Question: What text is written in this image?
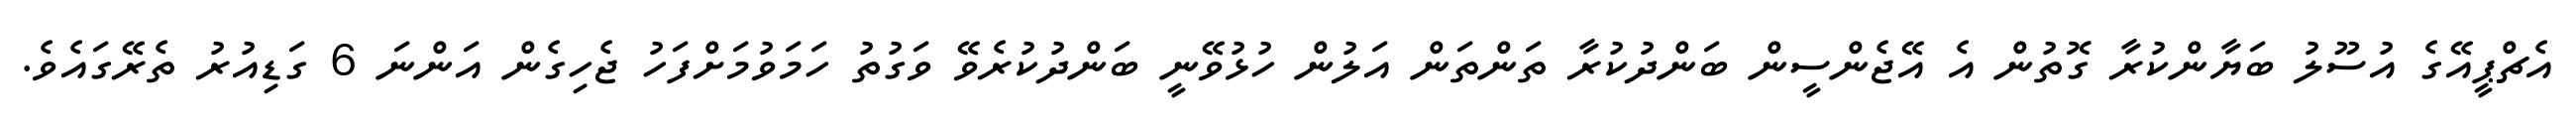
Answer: އެޗްޕީއޭގެ އުސޫލު ބަޔާންކުރާ ގޮތުން އެ އޭޖެންސީން ބަންދުކުރާ ތަންތަން އަލުން ހުޅުވޭނީ ބަންދުކުރެވޭ ވަގުތު ހަމަވުމަށްފަހު ޖެހިގެން އަންނަ 6 ގަޑިއުރު ތެރޭގައެވެ.